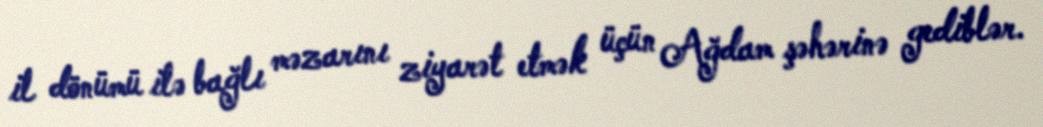
il dönümü ilə bağlı məzarını ziyarət etmək üçün Ağdam şəhərinə gediblər.